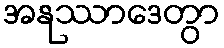
အနုဿာဒေတွာ